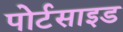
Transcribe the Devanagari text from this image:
पोर्टसाइड